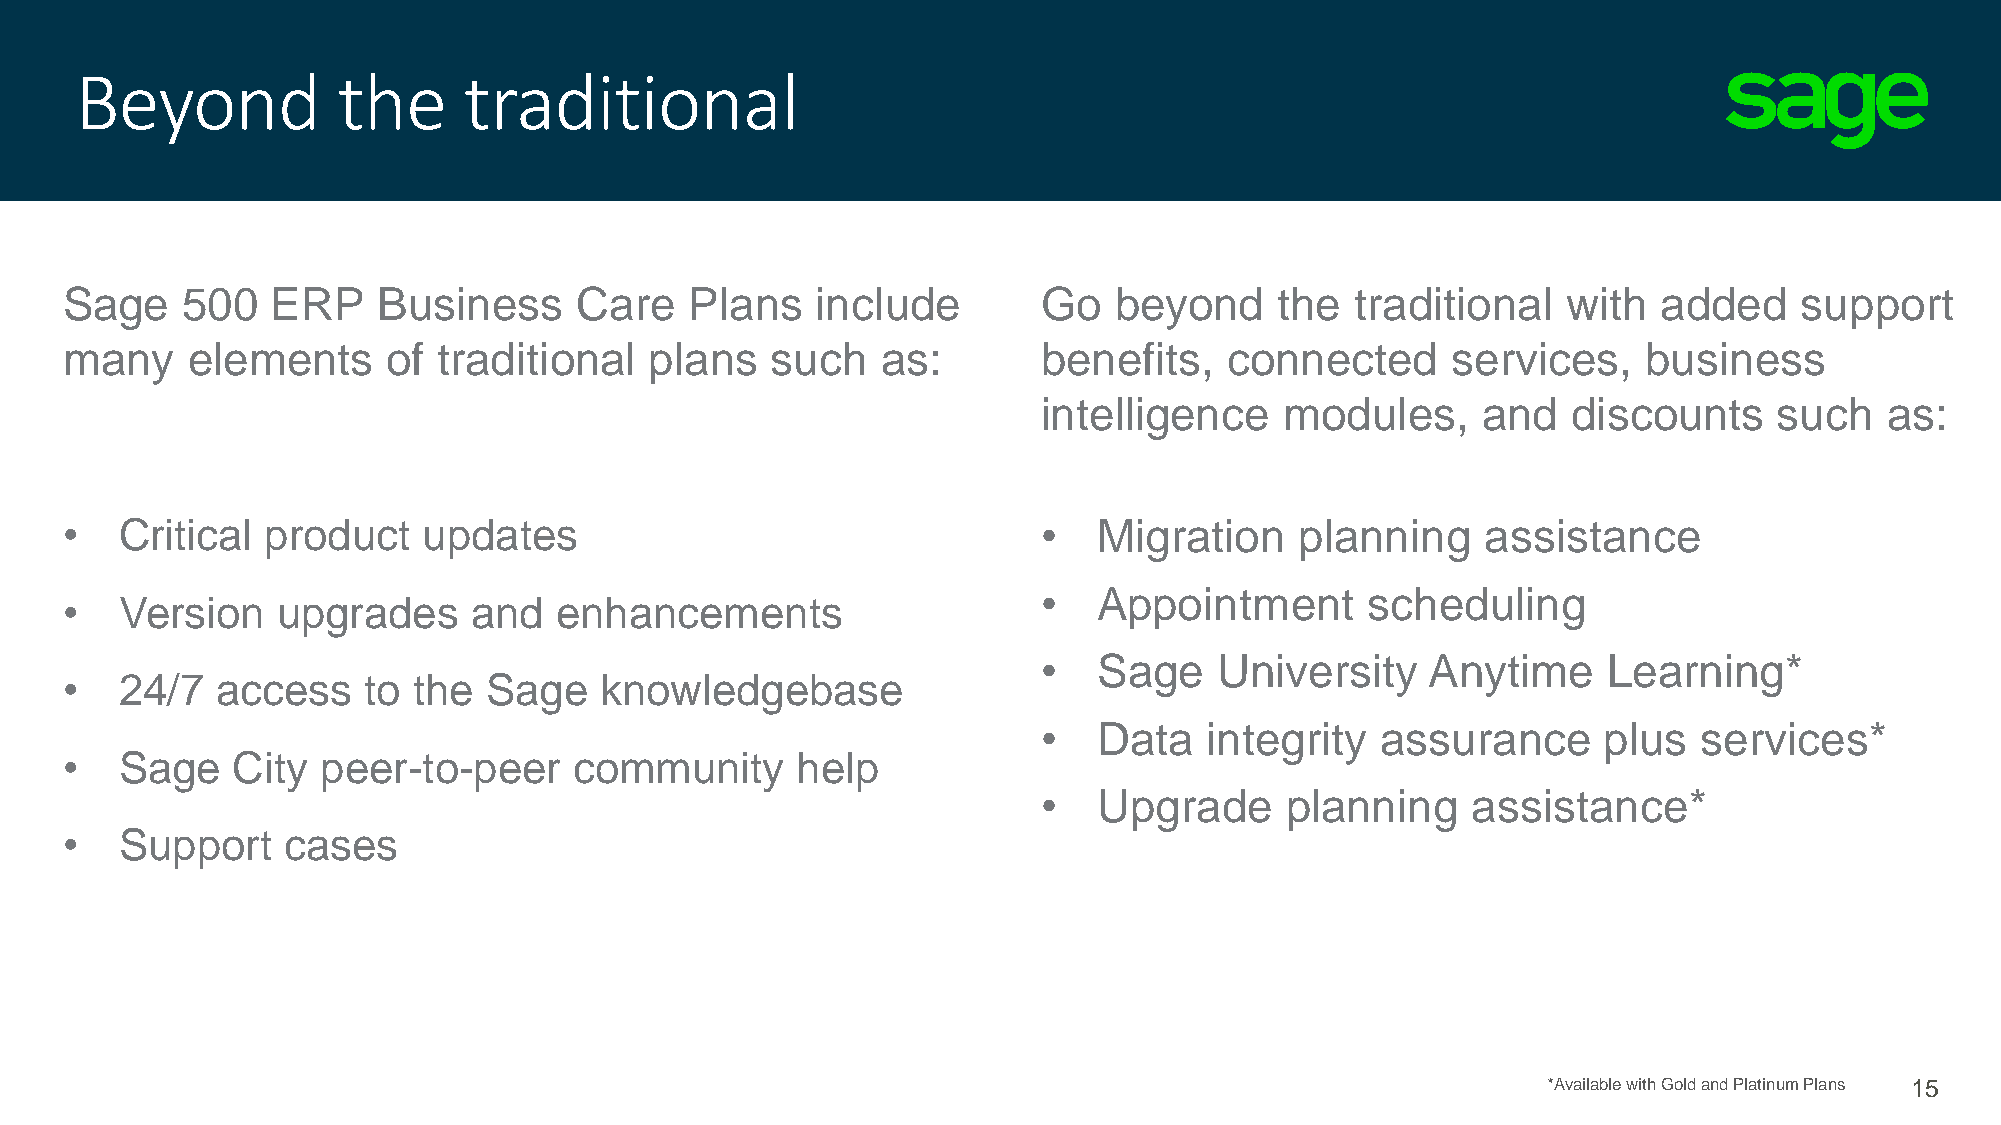
Beyond           the      traditional
 Sage    500   ERP    Business     Care    Plans   include        Go   beyond     the  traditional   with  added    support
 many    elements      of traditional   plans   such   as:        benefits,   connected      services,    business
 intelligence    modules,     and   discounts     such   as:
 •   Critical product    updates                                  •   Migration    planning    assistance
 •   Appointment      scheduling
 •   Version   upgrades     and   enhancements
 •   Sage    University    Anytime    Learning*
 •   24/7  access    to the  Sage    knowledgebase
 •   Data   integrity  assurance      plus   services*
 •   Sage   City  peer-to-peer     community      help
 •   Upgrade     planning    assistance*
 •   Support    cases
 *Available with Gold and Platinum Plans 15